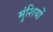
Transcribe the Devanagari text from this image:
मुंशियों